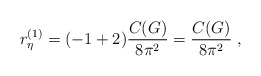
\begin{align*}r^ {(1)}_\eta = (-1 + 2)\frac {C(G)} {8 \pi^2} =\frac {C(G)} {8 \pi^2} \ ,\end{align*}